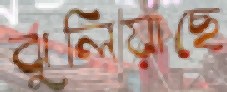
ঝুলিয়াছে